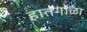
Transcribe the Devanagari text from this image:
हातगोळा